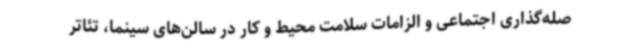
صله‌گذاری اجتماعی و الزامات سلامت محیط و کار در سالن‌های سینما، تئاتر